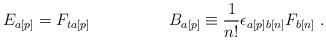
LaTeX: \begin{align*}E_{a[p]} = F_{ta[p]} \hspace*{2cm} B_{a[p]} \equiv \frac{1}{n!}{\epsilon}_{a[p]b[n]}F_{b[n]} \ .\end{align*}